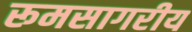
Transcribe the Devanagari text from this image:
रूमसागरीय